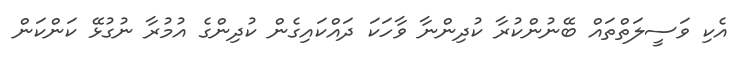
އެކި ވަސީލަތްތައް ބޭނުންކުރާ ކުދިންނާ ވާހަކަ ދައްކައިގެން ކުދިންގެ އުމުރާ ނުގުޅޭ ކަންކަން